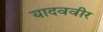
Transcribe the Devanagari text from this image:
यादववीर